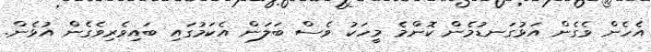
އެހެން ވެގެން އަޅުގަނޑުމެން ކޮންމެ މީހަކު ވެސް ބަލަން އެކަމުގައި ބައިވެރިވެގެން އުޅެން.